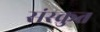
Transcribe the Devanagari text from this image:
संस्क्रुत